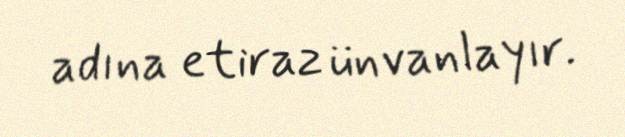
adına etiraz ünvanlayır.